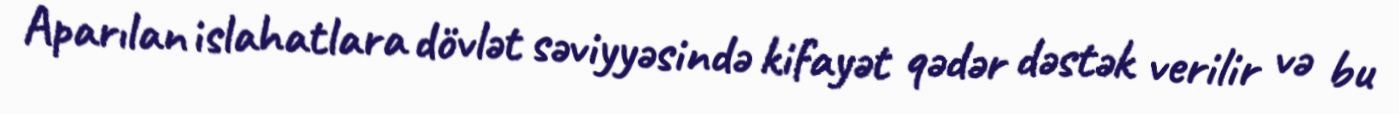
Aparılan islahatlara dövlət səviyyəsində kifayət qədər dəstək verilir və bu